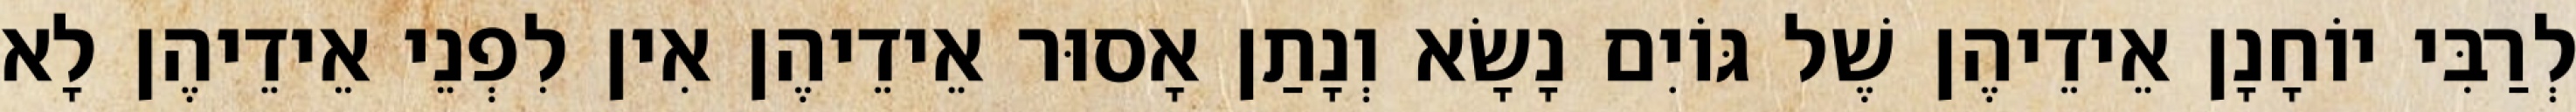
לְרַבִּי יוֹחָנָן אֵידֵיהֶן שֶׁל גּוֹיִם נָשָׂא וְנָתַן אָסוּר אֵידֵיהֶן אִין לִפְנֵי אֵידֵיהֶן לָא